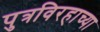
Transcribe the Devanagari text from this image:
पुत्रविरहाच्या